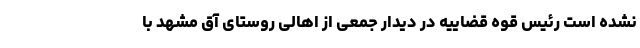
نشده است رئیس قوه قضاییه در دیدار جمعی از اهالی روستای آق مشهد با